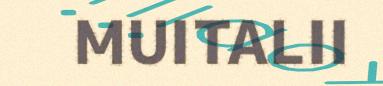
MUITALII